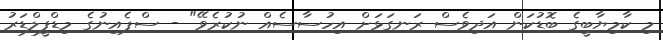
މި ކާމިޔާބީގެ ބޮޑުކަން އަދިވެސް ރަނގަޅަށް އިހުސާސެއް ނުކުރެވޭ" - ސްޕެއިނުގެ މިޑްފީލްޑަރު